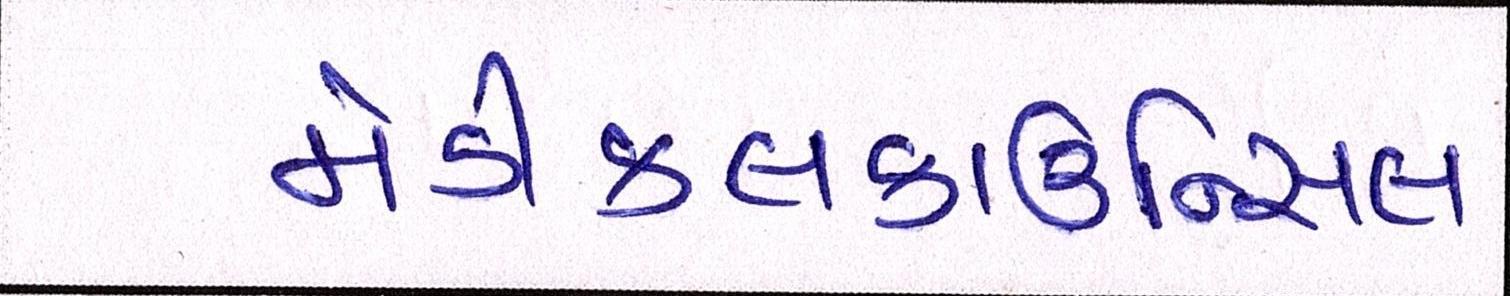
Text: મેડીકલકાઉન્સિલ